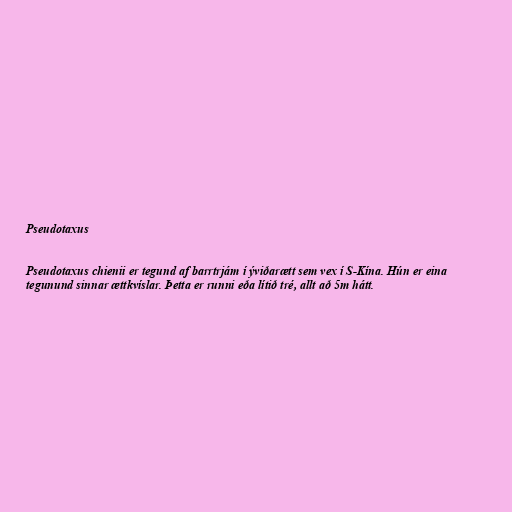
Pseudotaxus

Pseudotaxus chienii er tegund af barrtrjám í ýviðarætt sem vex í S-Kína. Hún er eina
tegunund sinnar ættkvíslar. Þetta er runni eða lítið tré, allt að 5m hátt.